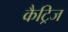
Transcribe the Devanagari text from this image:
कैट्रिज